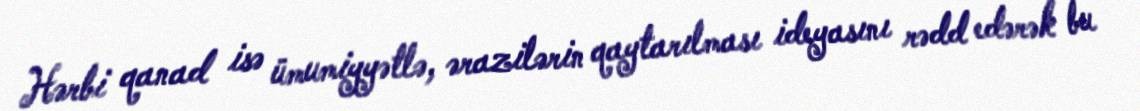
Hərbi qanad isə ümumiyyətlə, ərazilərin qaytarılması ideyasını rədd edərək bu